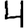
Digit: 4